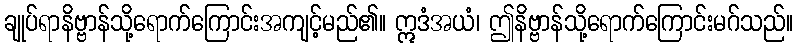
ချုပ်ရာနိဗ္ဗာန်သို့ရောက်ကြောင်းအကျင့်မည်၏။ ဣဒံအယံ၊ ဤနိဗ္ဗာန်သို့ရောက်ကြောင်းမဂ်သည်။